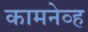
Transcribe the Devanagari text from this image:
कामनेव्ह